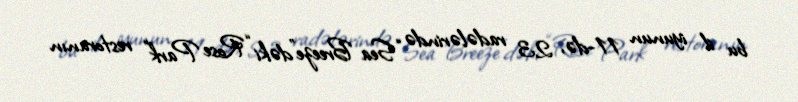
bu il iyunun 11-də, 23 radələrində “Sea Breeze”dəki “Rose Park” restoranın